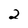
Character: 2